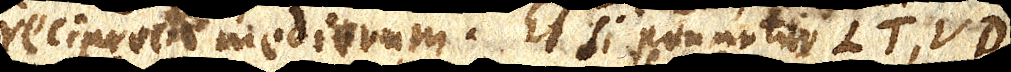
reciproca mediorum. Et si ponantur LT, VD